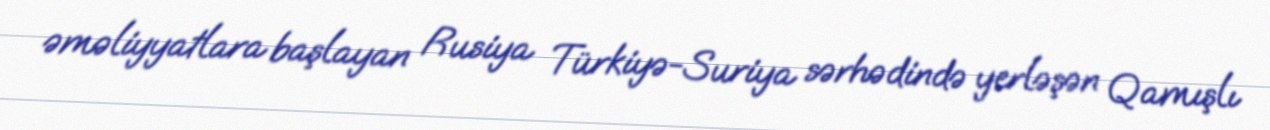
əməliyyatlara başlayan Rusiya Türkiyə-Suriya sərhədində yerləşən Qamışlı